Indian journal of veterinary science and animal husbandry - Volume 8,
Year: 1938
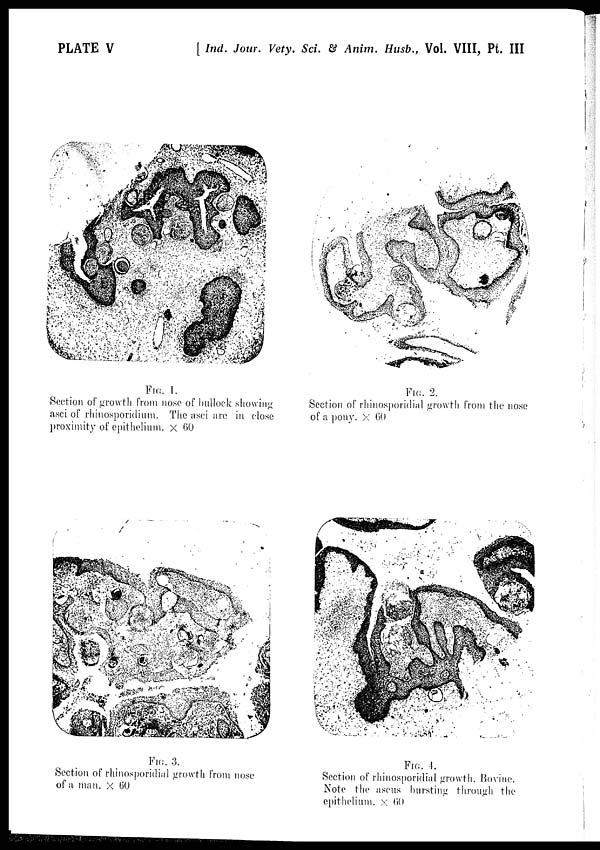
PLATE V
[ Ind. Jour. Vety. Sci. & Anim. Husb., Vol. VIII, Pt. III
FIG. 1.
Section of growth from nose of bullock showing
asci of rhinosporidium. The asci are in close
proximity of epithelium. × 60
FIG. 2.
Section of rhinosporidial growth from the nose
of a pony. × 60
FIG. 3.
Section of rhinosporidial growth from nose
of a man. × 60
FIG. 4.
Section of rhinosporidial growth, Bovine.
Note the ascus bursting through the
epithelium. × 60